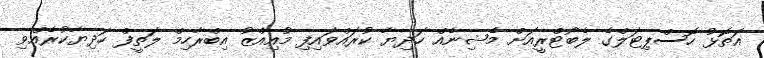
އަތޮޅު ހޮސްޕިޓަލްގެ ލެބޯޓްރީއަށް މެޝިނެއް ހަދިޔާ ކުރައްވައިފި މުއިއްޒު އިބްރާހިމް ލަތީފް ހަދިޔާކުރެއްވި